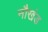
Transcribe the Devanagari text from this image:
नौखंड